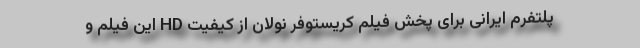
پلتفرم ایرانی برای پخش فیلم کریستوفر نولان از کیفیت HD این فیلم و